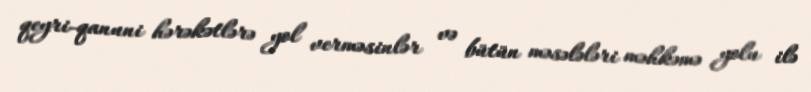
qeyri-qanuni hərəkətlərə yol verməsinlər və bütün məsələləri məhkəmə yolu ilə